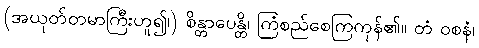
(အယုတ်တမာကြီးဟူ၍၊) စိန္တာပေန္တိ၊ ကြံစည်စေကြကုန်၏။ တံ ဝစနံ၊